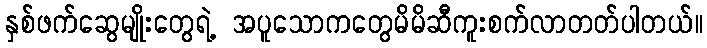
နှစ်ဖက်ဆွေမျိုးတွေရဲ့ အပူသောကတွေမိမိဆီကူးစက်လာတတ်ပါတယ်။